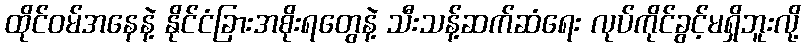
ထိုင်ဝမ်အနေနဲ့ နိုင်ငံခြားအစိုးရတွေနဲ့ သီးသန့်ဆက်ဆံရေး လုပ်ကိုင်ခွင့်မရှိဘူးလို့